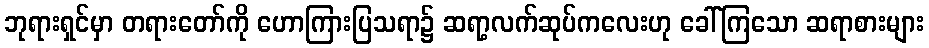
ဘုရားရှင်မှာ တရားတော်ကို ဟောကြားပြသရာ၌ ဆရာ့လက်ဆုပ်ကလေးဟု ခေါ်ကြသော ဆရာစားများ